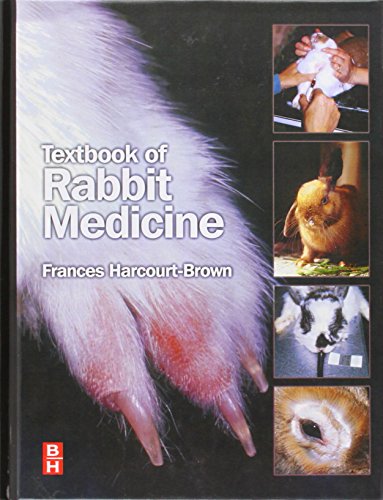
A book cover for Textbook of Rabbit Medicine, 1e; Frances Harcourt-Brown; Medical Books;